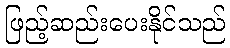
ဖြည့်ဆည်းပေးနိုင်သည်